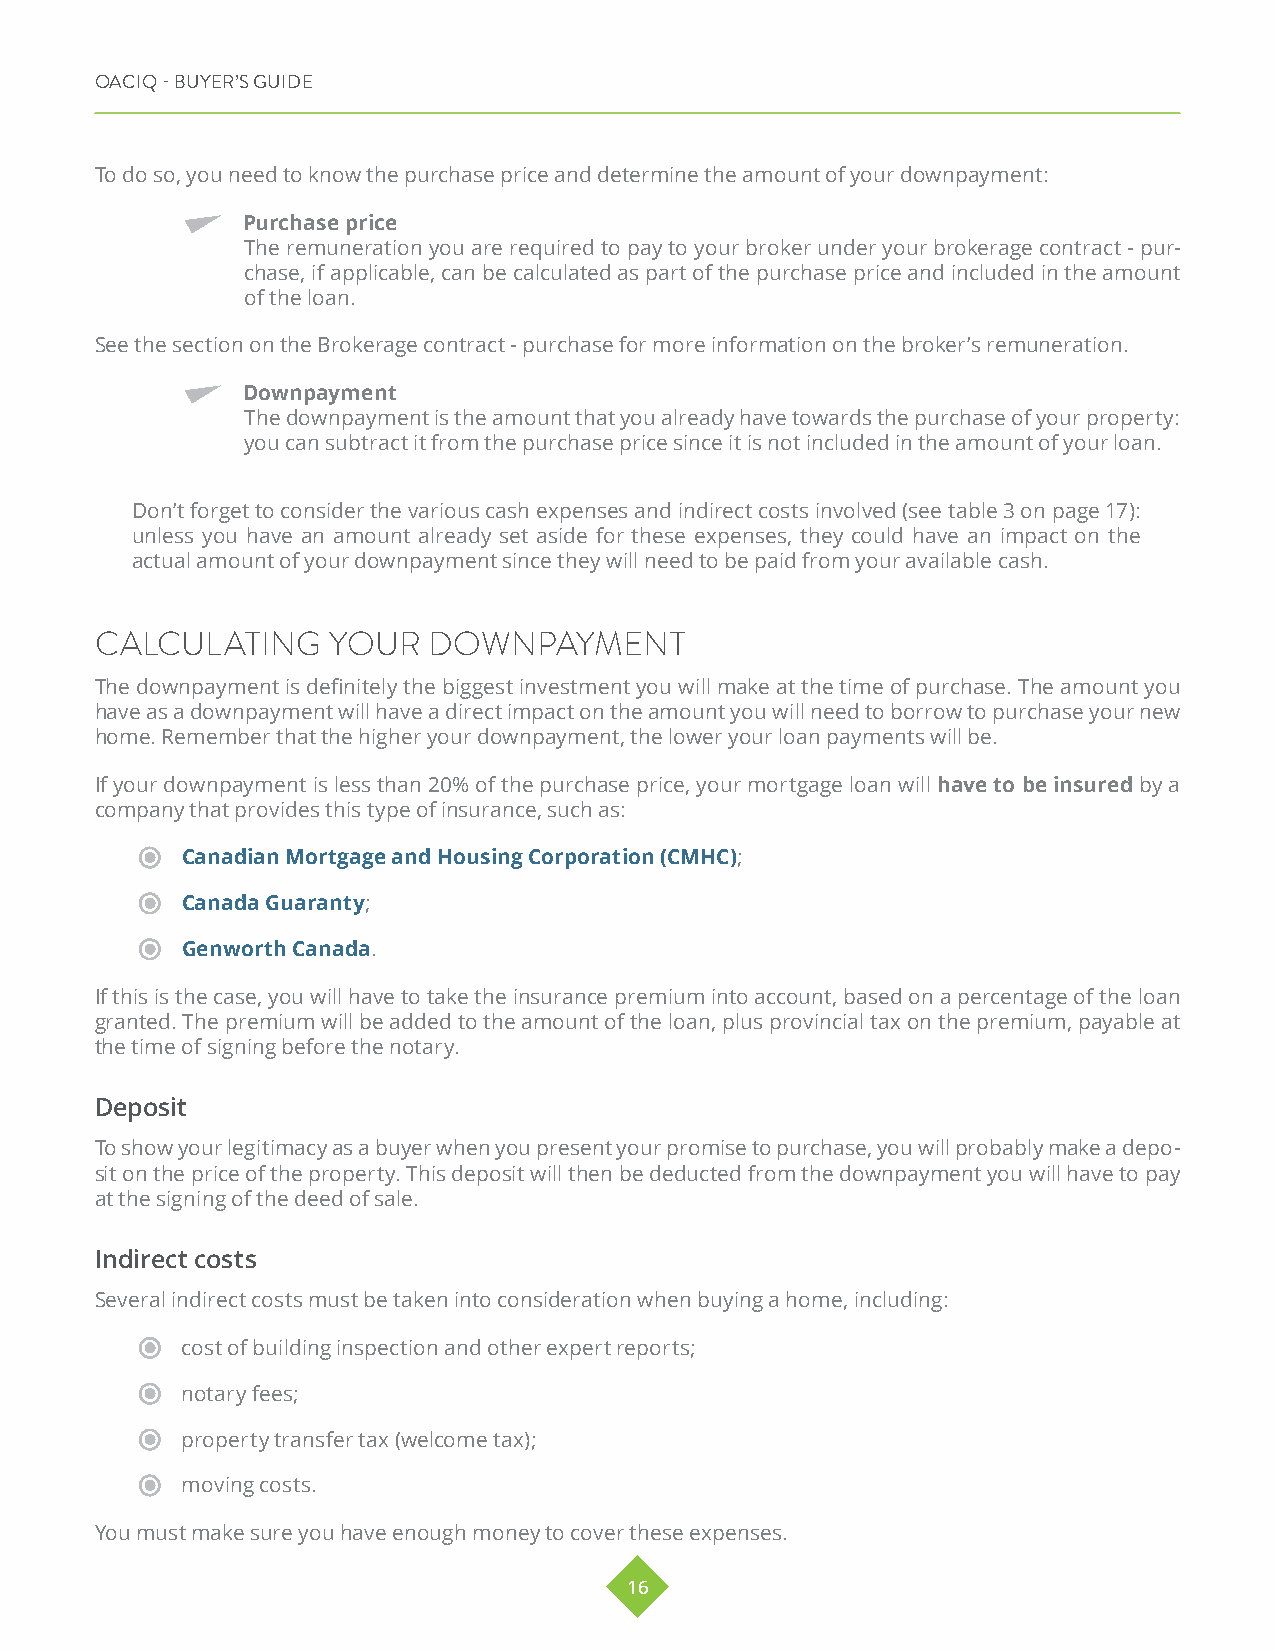
OACIQ - BUYER’S GUIDE
 To do so, you need to know the purchase price and determine the amount of your downpayment:
 Purchase price
 The remuneration you are required to pay to your broker under your brokerage contract - pur-
 chase, if applicable, can be calculated as part of the purchase price and included in the amount
 of the loan.
 See the section on the Brokerage contract - purchase for more information on the broker’s remuneration.
 Downpayment
 The downpayment is the amount that you already have towards the purchase of your property:
 you can subtract it from the purchase price since it is not included in the amount of your loan.
 Don’t forget to consider the various cash expenses and indirect costs involved (see table 3 on page 17):
 unless you have an amount already set aside for these expenses, they could have an impact on the
 actual amount of your downpayment since they will need to be paid from your available cash.
 CALCULATING     YOUR  DOWNPAYMENT
 The downpayment is definitely the biggest investment you will make at the time of purchase. The amount you
 have as a downpayment will have a direct impact on the amount you will need to borrow to purchase your new
 home. Remember that the higher your downpayment, the lower your loan payments will be.
 If your downpayment is less than 20% of the purchase price, your mortgage loan will have to be insured by a
 company that provides this type of insurance, such as:
 Canadian Mortgage and Housing Corporation (CMHC);
 Canada Guaranty;
 Genworth Canada.
 If this is the case, you will have to take the insurance premium into account, based on a percentage of the loan
 granted. The premium will be added to the amount of the loan, plus provincial tax on the premium, payable at
 the time of signing before the notary.
 Deposit
 To show your legitimacy as a buyer when you present your promise to purchase, you will probably make a depo-
 sit on the price of the property. This deposit will then be deducted from the downpayment you will have to pay
 at the signing of the deed of sale.
 Indirect costs
 Several indirect costs must be taken into consideration when buying a home, including:
 cost of building inspection and other expert reports;
 notary fees;
 property transfer tax (welcome tax);
 moving costs.
 You must make sure you have enough money to cover these expenses.
 16